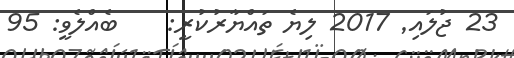
23 ޖުލައި